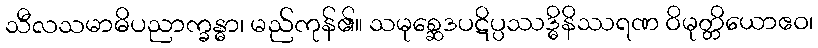
သီလသမာဓိပညာက္ခန္ဓာ၊ မည်ကုန်၏။ သမုစ္ဆေဒပဋိပ္ပဿဒ္ဓိနိဿရဏ ဝိမုတ္တိယောဧဝ၊